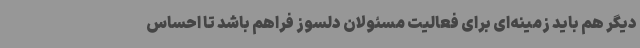
دیگر هم باید زمینه‌ای برای فعالیت مسئولان دلسوز فراهم باشد تا احساس